Lunatic asylums Bombay report 1891-1903 - 1891-1903
Year: 1891
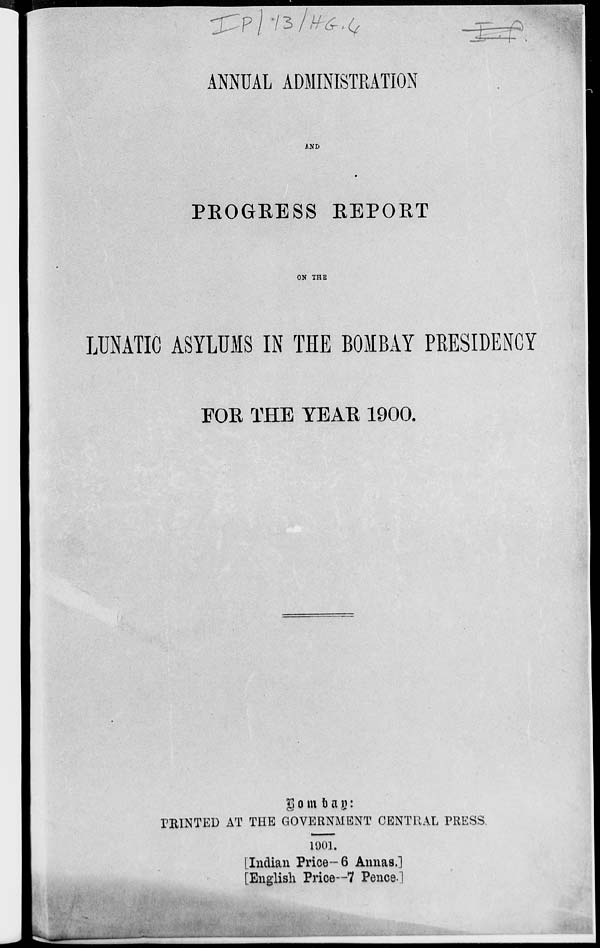
ANNUAL ADMINISTRATION
AND
PROGRESS REPORT
ON THE
LUNATIC ASYLUMS IN THE BOMBAY PRESIDENCY
FOR THE YEAR 1900.
Bombay:
PRINTED AT THE GOVERNMENT CENTRAL PRESS.
1901.
[Indian Price-6 Annas.]
[English Price—7 Pence]